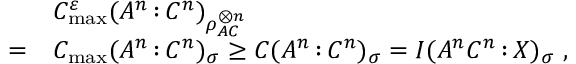
\begin{array} { r l } & { C _ { \operatorname* { m a x } } ^ { \varepsilon } ( A ^ { n } { \, : \, } C ^ { n } ) _ { \rho _ { A C } ^ { \otimes n } } } \\ { = } & { C _ { \operatorname* { m a x } } ( A ^ { n } { \, : \, } C ^ { n } ) _ { \sigma } \geq C ( A ^ { n } { \, : \, } C ^ { n } ) _ { \sigma } = I ( A ^ { n } C ^ { n } { \, : \, } X ) _ { \sigma } \ , } \end{array}